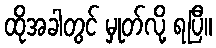
ထိုအခါတွင် မှုတ်လို့ ရပြီ။